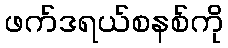
ဖက်ဒရယ်စနစ်ကို